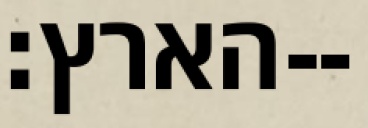
הארץ׃--